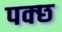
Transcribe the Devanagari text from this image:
पक्छ